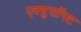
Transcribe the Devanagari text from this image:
एक्युसॉफ्ट